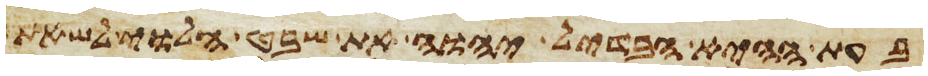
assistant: בעת ההיא הבדיל יהוה את שבט הלוי לשאת